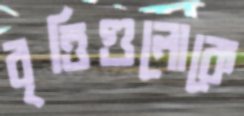
বৃত্তিগুলোকে